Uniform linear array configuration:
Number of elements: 16
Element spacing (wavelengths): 1
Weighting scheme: uniform
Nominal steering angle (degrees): -15
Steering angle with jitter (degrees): -16.746
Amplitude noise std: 0.05
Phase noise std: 0.05

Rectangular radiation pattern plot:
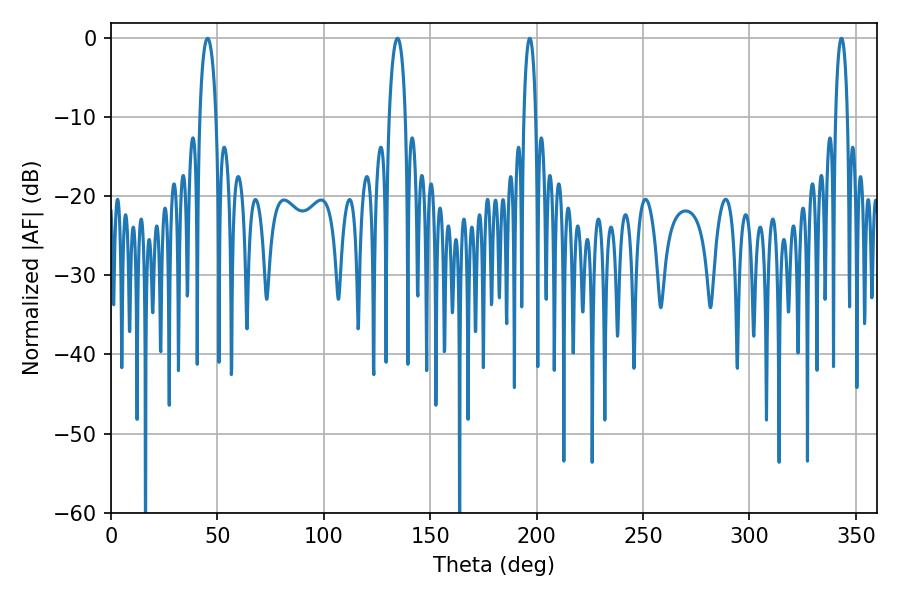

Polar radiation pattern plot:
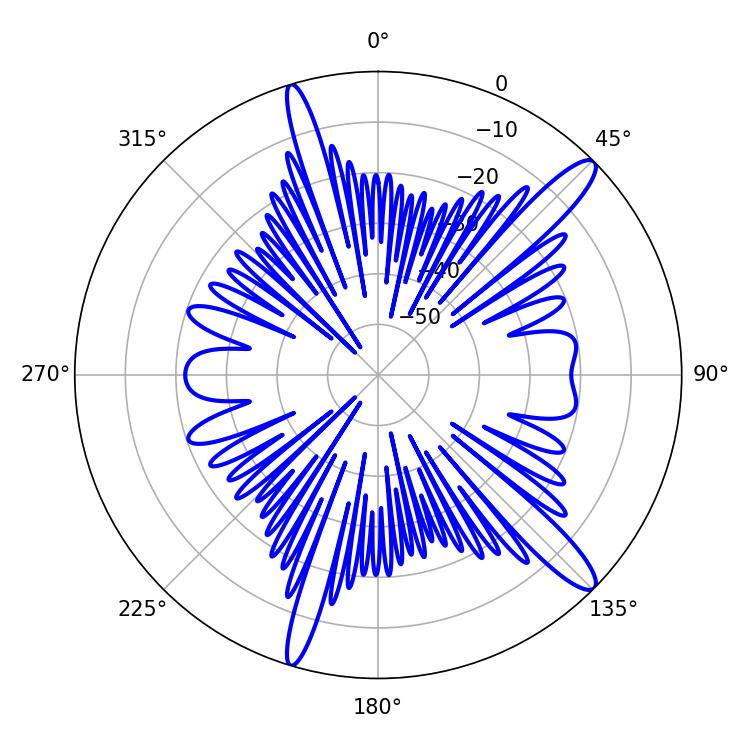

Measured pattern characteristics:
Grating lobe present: TRUE
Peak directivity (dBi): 13.625
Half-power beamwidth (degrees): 4.32
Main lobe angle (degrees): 134.64